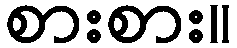
စားစား။